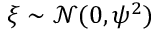
\xi \sim \mathcal { N } ( 0 , \psi ^ { 2 } )